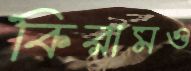
কিরামও